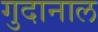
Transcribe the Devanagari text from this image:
गुदानाल